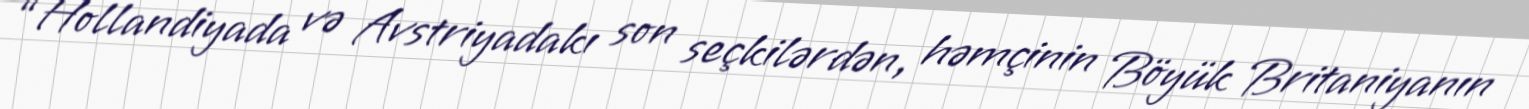
“Hollandiyada və Avstriyadakı son seçkilərdən, həmçinin Böyük Britaniyanın